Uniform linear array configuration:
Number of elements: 48
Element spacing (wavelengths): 0.75
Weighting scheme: kaiser
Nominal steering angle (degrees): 30
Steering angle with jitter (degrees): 28.18
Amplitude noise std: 0.05
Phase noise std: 0.05

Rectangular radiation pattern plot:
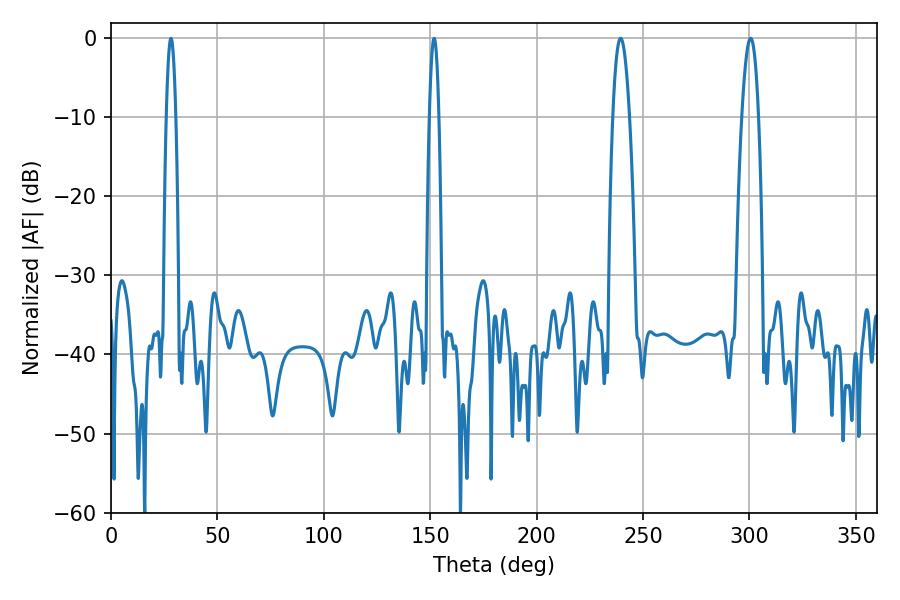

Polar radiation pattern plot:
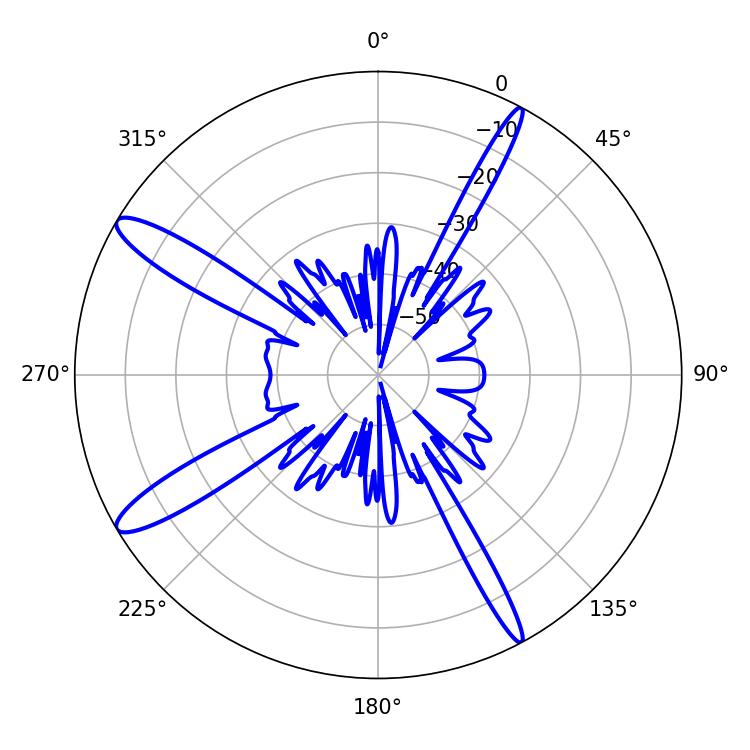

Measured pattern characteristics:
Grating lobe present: TRUE
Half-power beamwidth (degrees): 4.32
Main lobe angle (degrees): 239.4